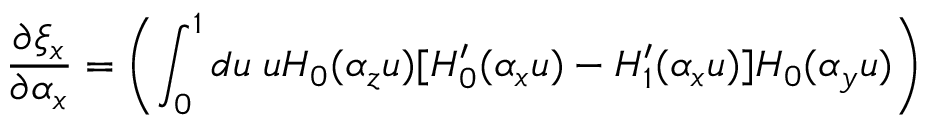
\frac { \partial \xi _ { x } } { \partial \alpha _ { x } } = \left( \int _ { 0 } ^ { 1 } d u \; u H _ { 0 } ( \alpha _ { z } u ) [ H _ { 0 } ^ { \prime } ( \alpha _ { x } u ) - H _ { 1 } ^ { \prime } ( \alpha _ { x } u ) ] H _ { 0 } ( \alpha _ { y } u ) \right)